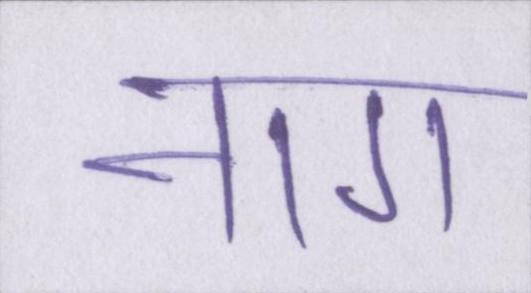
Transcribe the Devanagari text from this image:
नाग